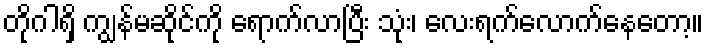
တိုဂါရှိ ကျွန်မဆိုင်ကို ရောက်လာပြီး သုံး၊ လေးရက်လောက်နေတော့။